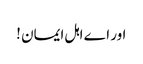
اور اے اہل ایمان !